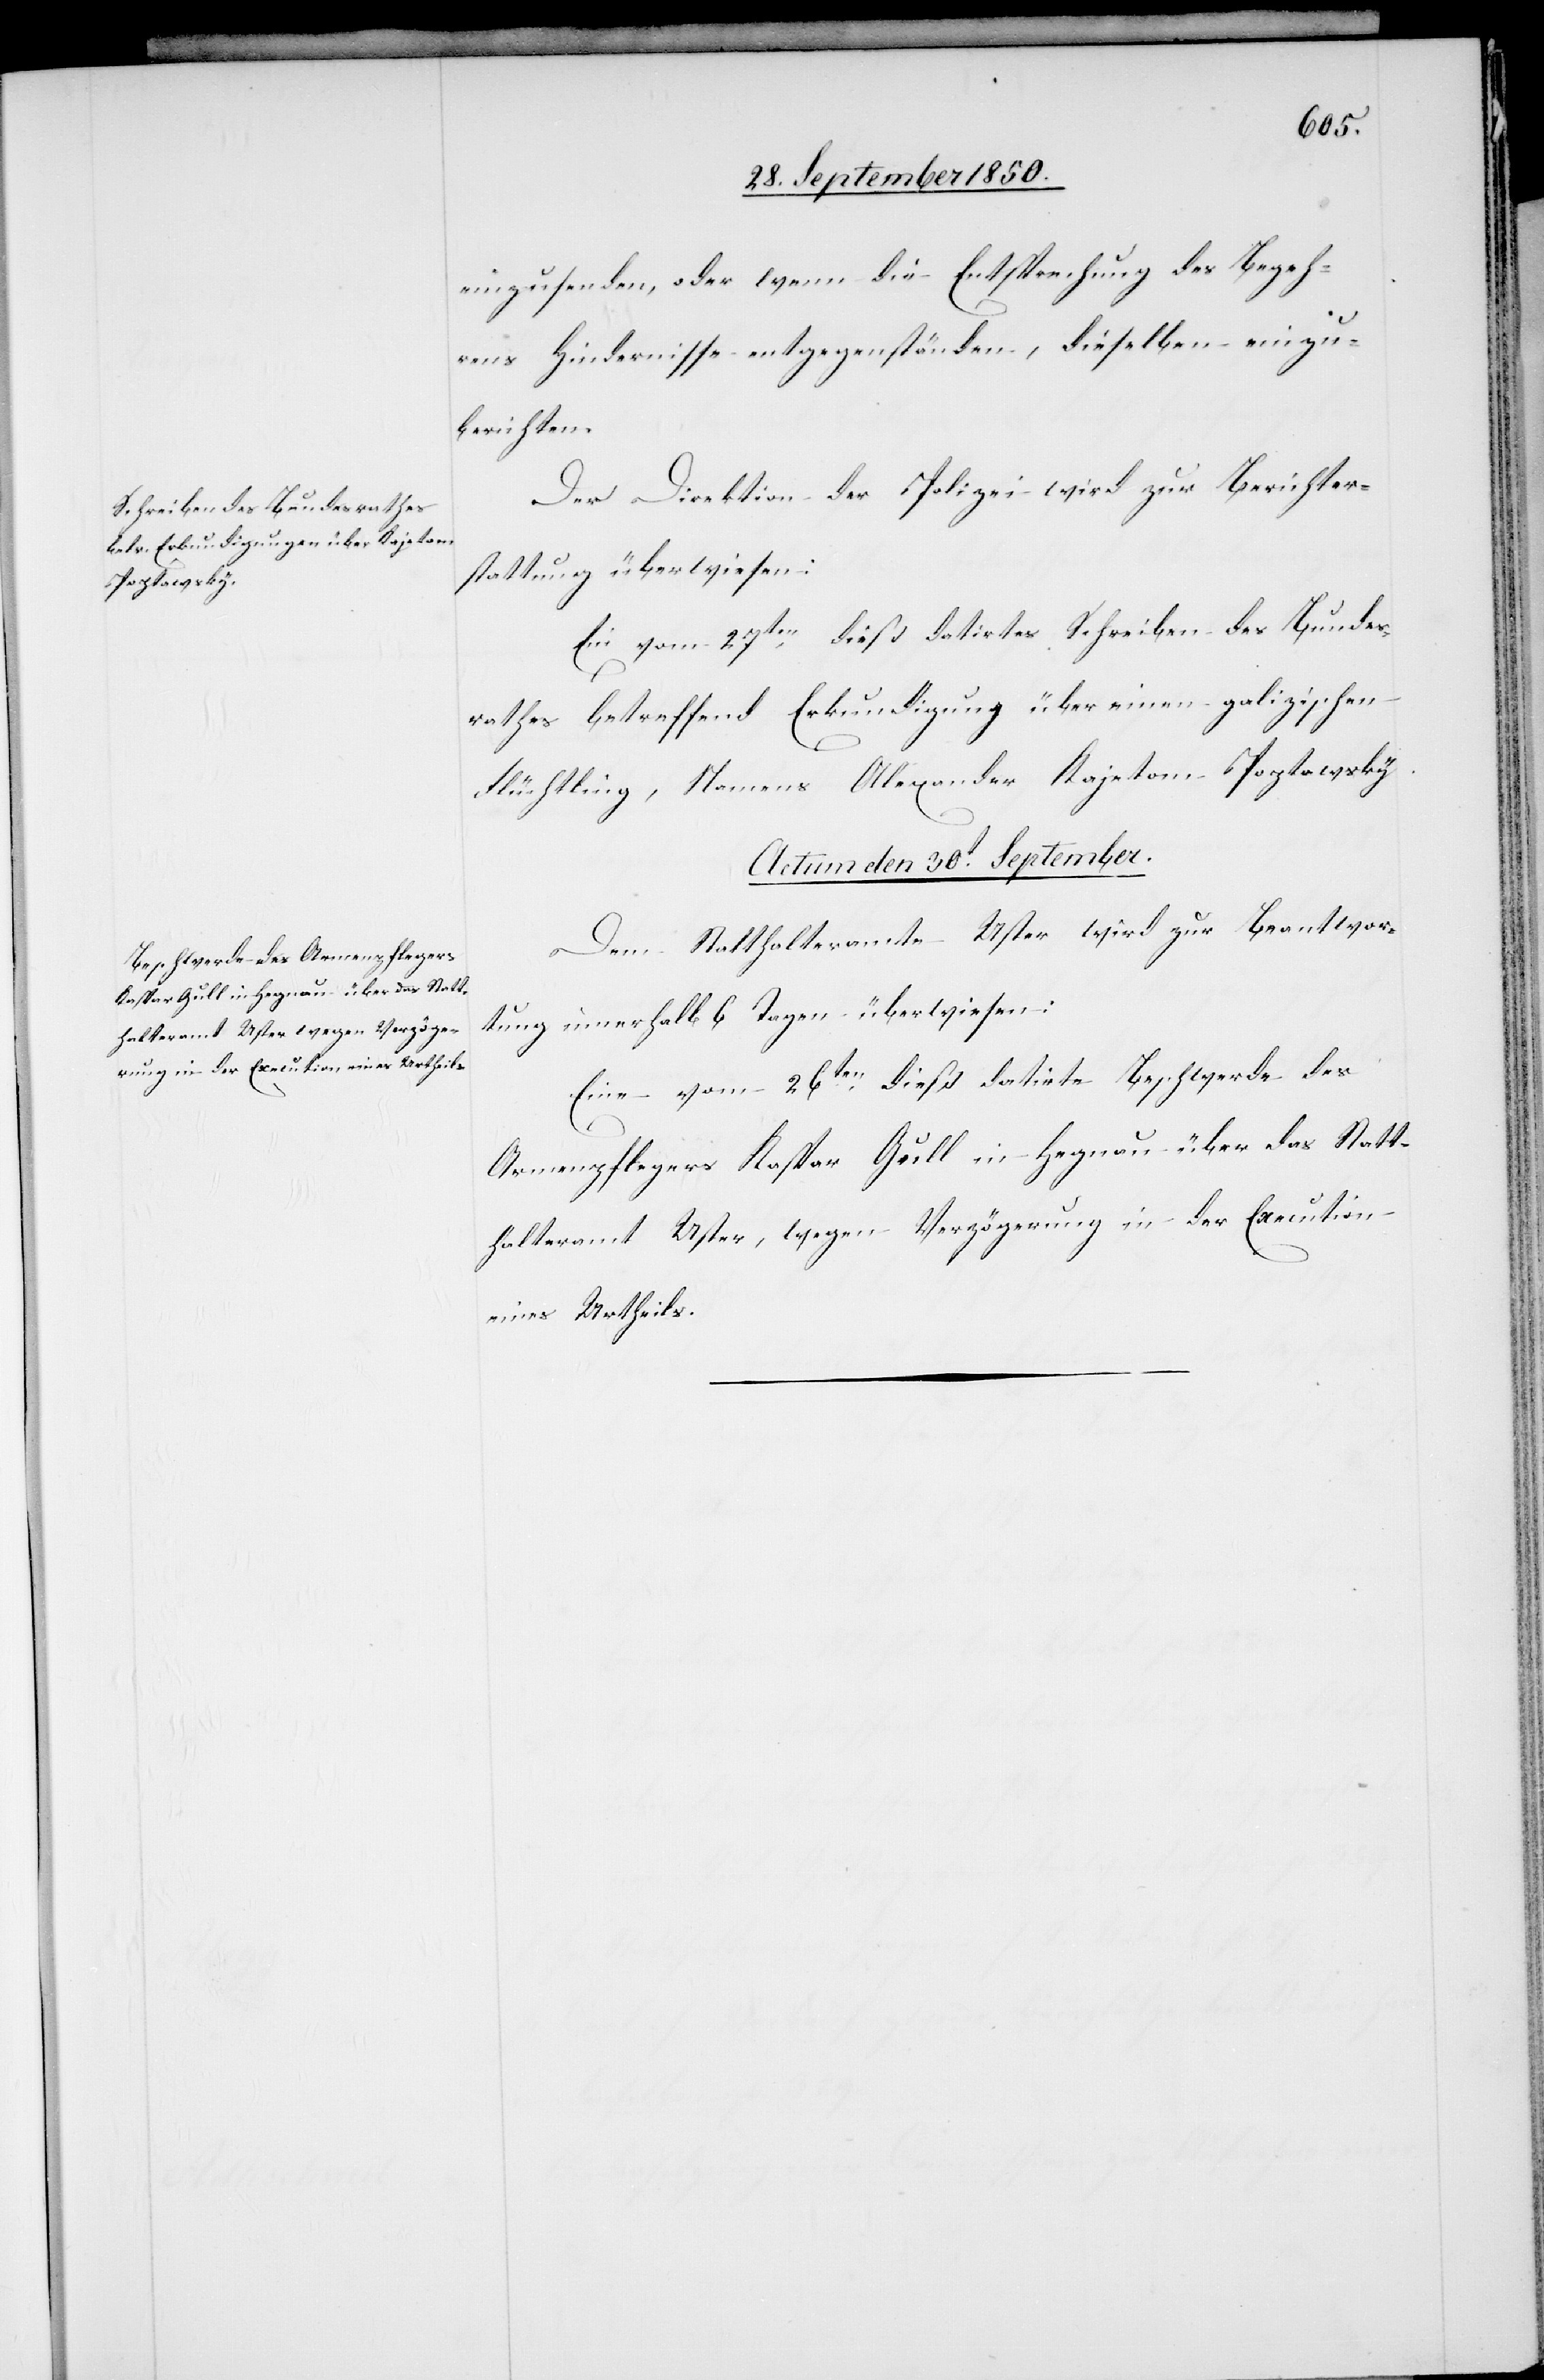
einzusenden, oder wenn die [recte: der] Entsprechung des Begeh¬
rens Hindernisse entgegenständen, dieselben einzu¬
berichten.
Der Direktion der Polizei wird zur Berichter¬
stattung überwiesen:
Ein vom 27ten dieß datirtes Schreiben des Bundes¬
rathes betreffend Erkundigung über einen galizischen
Flüchtling, Namens Alexander Kajetom Poptawsky.
Actum den 30t September.
Dem Statthalteramte Uster wird zur Beantwor¬
tung innerhalb 6 Tagen überwiesen:
Eine vom 26ten dieß datirte Beschwerde des
Armenpflegers Kaspar Gull in Hegnau über das Statt¬
halteramt Uster, wegen Verzögerung in der Execution
eines Urtheils.